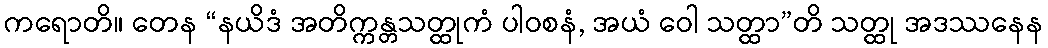
ကရောတိ။ တေန “နယိဒံ အတိက္ကန္တသတ္ထုကံ ပါဝစနံ, အယံ ဝေါ သတ္ထာ”တိ သတ္ထု အဒဿနေန